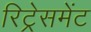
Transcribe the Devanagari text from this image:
रिट्रेसमेंट